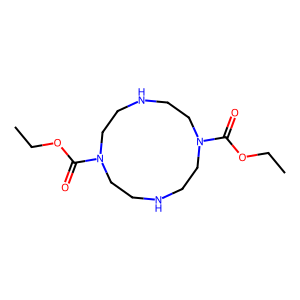
SMILES: CCOC(=O)N1CCNCCN(C(=O)OCC)CCNCC1
Inhibits HIV replication: No